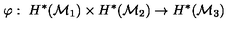
\varphi : \ H ^ { * } ( { \cal M } _ { 1 } ) \times H ^ { * } ( { \cal M } _ { 2 } ) \to H ^ { * } ( { \cal M } _ { 3 } )